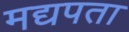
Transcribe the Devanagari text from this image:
मद्यपता